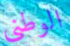
الوطنى